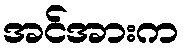
အင်အားက